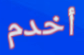
أخدم